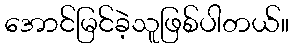
အောင်မြင်ခဲ့သူဖြစ်ပါတယ်။